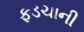
ફડચાની